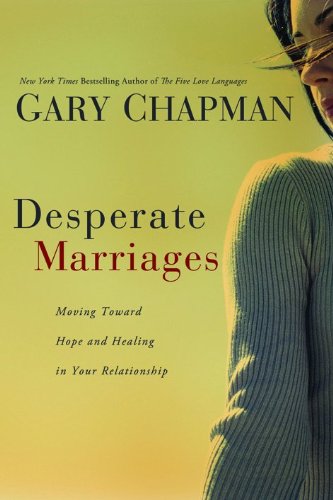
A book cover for Desperate Marriages: Moving Toward Hope and Healing in Your Relationship; Gary D Chapman; Christian Books & Bibles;